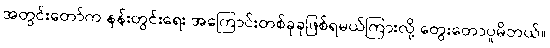
အတွင်းတော်က နန်းတွင်းရေး အကြောင်းတစ်ခုခုဖြစ်ရမယ်ကြားလို့ တွေးတောပူမိတယ်။